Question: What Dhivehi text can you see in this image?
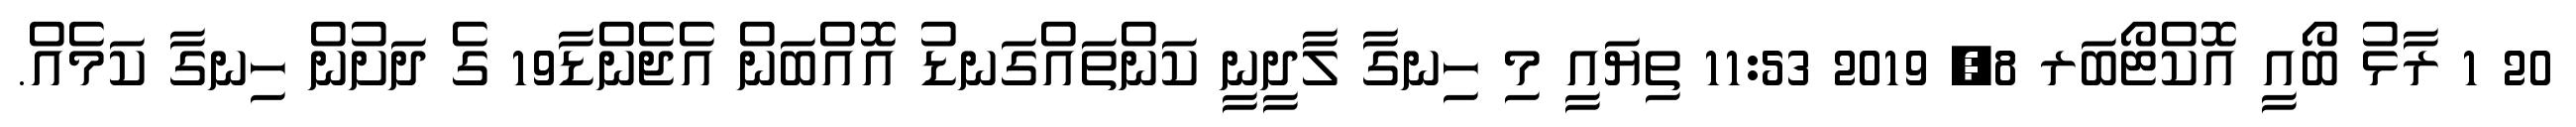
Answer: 20 1 ރާޅު ބޯއީ އޮކްޓޯބަރ 8, 2019 11:53 ތިޔައީ މި ހިނގާ ލާދީނީ ކަންތައްގަނޑު އޮއްބަން އެޖެންޑާ19 ގެ ދަށުން ހިނގާ ކަމެއް.